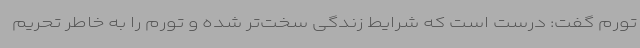
تورم گفت: درست است که شرایط زندگی سخت‌تر شده و تورم را به خاطر تحریم